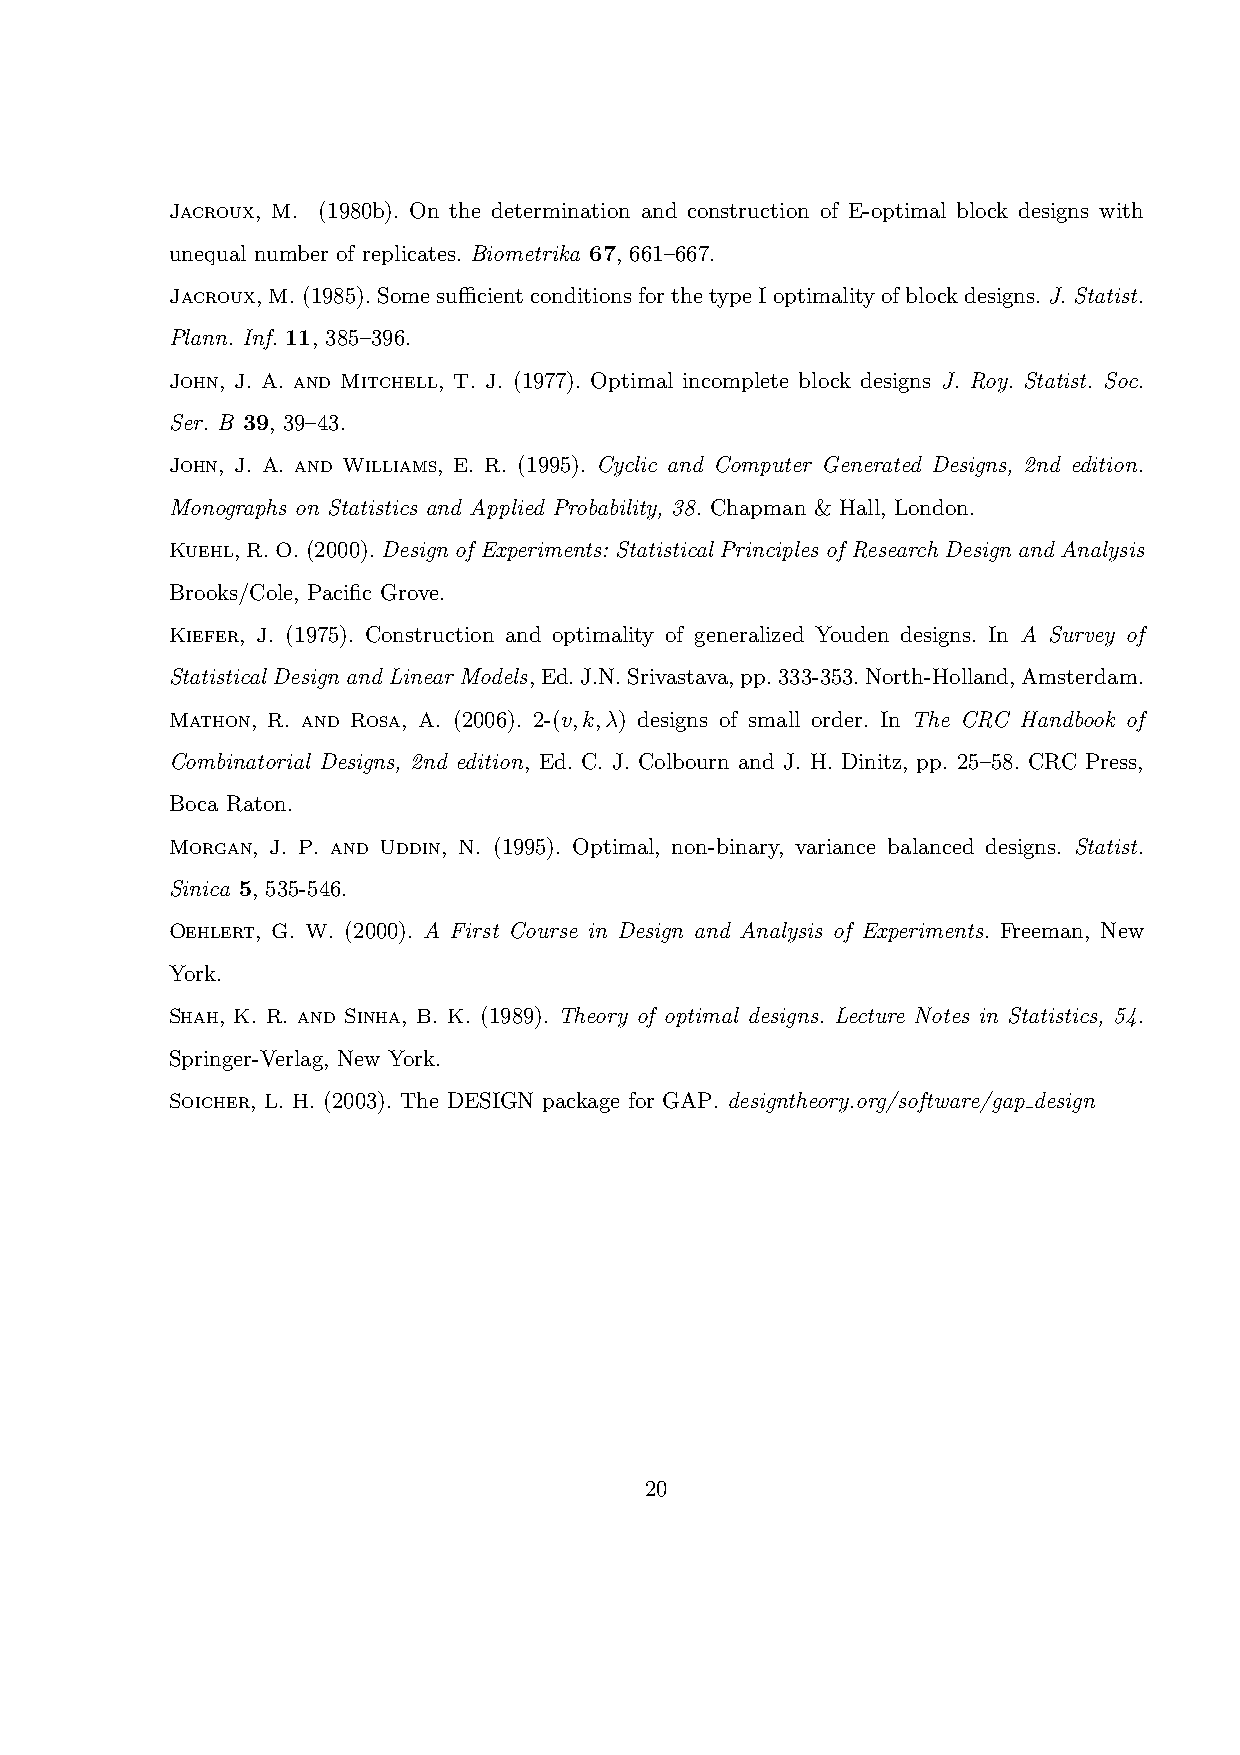
Jacroux, M. (1980b). On the determination and construction of E-optimal block designs with
 unequal number of replicates. Biometrika 67, 661–667.
 Jacroux,M.(1985).SomesufficientconditionsforthetypeIoptimalityofblockdesigns.J. Statist.
 Plann. Inf. 11, 385–396.
 John, J. A. and Mitchell, T. J. (1977). Optimal incomplete block designs J. Roy. Statist. Soc.
 Ser. B 39, 39–43.
 John, J. A. and Williams, E. R. (1995). Cyclic and Computer Generated Designs, 2nd edition.
 Monographs on Statistics and Applied Probability, 38. Chapman & Hall, London.
 Kuehl,R.O.(2000).Design of Experiments: Statistical Principles of Research Design and Analysis
 Brooks/Cole, Pacific Grove.
 Kiefer, J. (1975). Construction and optimality of generalized Youden designs. In A Survey of
 Statistical Design and Linear Models,Ed.J.N.Srivastava,pp.333-353.North-Holland,Amsterdam.
 Mathon, R. and Rosa, A. (2006). 2-(v,k,λ) designs of small order. In The CRC Handbook of
 Combinatorial Designs, 2nd edition, Ed. C. J. Colbourn and J. H. Dinitz, pp. 25–58. CRC Press,
 Boca Raton.
 Morgan, J. P. and Uddin, N. (1995). Optimal, non-binary, variance balanced designs. Statist.
 Sinica 5, 535-546.
 Oehlert, G. W. (2000). A First Course in Design and Analysis of Experiments. Freeman, New
 York.
 Shah, K. R. and Sinha, B. K. (1989). Theory of optimal designs. Lecture Notes in Statistics, 54.
 Springer-Verlag, New York.
 Soicher, L. H. (2003). The DESIGN package for GAP. designtheory.org/software/gap design
 20